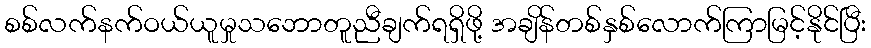
စစ်လက်နက်ဝယ်ယူမှုသဘောတူညီချက်ရရှိဖို့ အချိန်တစ်နှစ်လောက်ကြာမြင့်နိုင်ပြီး